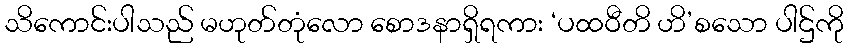
သိကောင်းပါသည် မဟုတ်တုံလော စောဒနာရှိရကား ‘ပထဝီတိ ဟိ’စသော ပါဌ်ကို